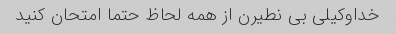
خداوکیلی بی نطیرن از همه لحاظ حتما امتحان کنید